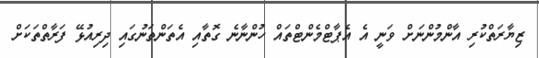
ޒިޔާރަތްކުރި އާންމުންނަށް ވަނީ އެ އެޕާޓްމެންޓްތައް ހުންނާނެ ގޮތާއި އެތަންތަނުގައި ދިރިއުޅޭ ފަރާތްތަކަށް